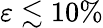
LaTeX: \varepsilon\lesssim 10\%